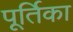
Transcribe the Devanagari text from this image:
पूर्तिका